Lunatic asylums in Bengal annual reports 1899-1911 - 1899-1911
Year: 1899
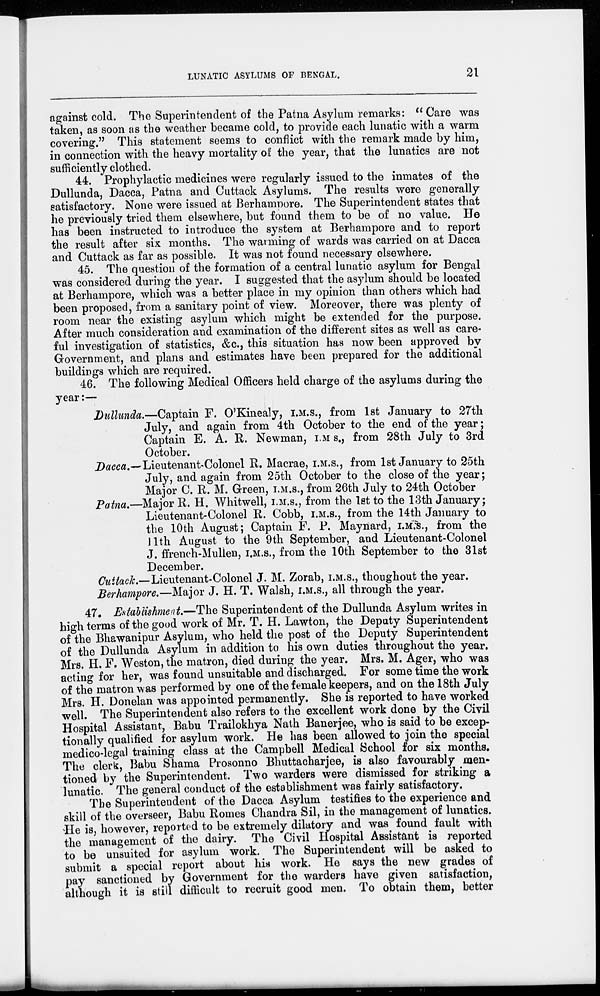
LUNATIC ASYLUMS OF BENGAL.
21
against cold. The Superintendent of the Patna Asylum remarks: " Care was
taken, as soon as the weather became cold, to provide each lunatic with a warm
covering." This statement seems to conflict with the remark made by him,
in connection with the heavy mortality of the year, that the lunatics are not
sufficiently clothed.
44. Prophylactic medicines were regularly issued to the inmates of the
Dullunda, Dacca, Patna and Cuttack Asylums. The results were generally
satisfactory. None were issued at Berhampore. The Superintendent states that
he previously tried them elsewhere, but found them to be of no value. He
has been instructed to introduce the system at Berhampore and to report
the result after six months. The warming of wards was carried on at Dacca
and Cuttack as far as possible. It was not found necessary elsewhere.
45. The question of the formation of a central lunatic asylum for Bengal
was considered during the year. I suggested that the asylum should be located
at Berhampore, which was a better place in my opinion than others which had
been proposed, from a sanitary point of view. Moreover, there was plenty of
room near the existing asylum which might be extended for the purpose.
After much consideration and examination of the different sites as well as care-
ful investigation of statistics, &c., this situation has now been approved by
Government, and plans and estimates have been prepared for the additional
buildings which are required.
46. The following Medical Officers held charge of the asylums during the
year:—
Dullunda.—Captain F. O'Kinealy, I.M.S., from 1st January to 27th
July, and again from 4th October to the end of the year;
Captain E. A. R. Newman, I.M.S., from 28th July to 3rd
October.
Dacca.—Lieutenant-Colonel R. Macrae, I.M.S., from 1st January to 25th
July, and again from 25th October to the close of the year;
Major C. R. M. Green, I.M.S., from 26th July to 24th October
Patna.—Major R. H. Whitwell, I.M.S., from the 1st to the 13th January;
Lieutenant-Colonel R. Cobb, I.M.S., from the 14th January to
the 10th August; Captain F. P. Maynard, I.M.S., from the
11th August to the 9th September, and Lieutenant-Colonel
J. ffrench-Mullen, I.M.S., from the 10th September to the 31st
December.
Cuttack.—Lieutenant-Colonel J. M. Zorab, I.M.S., thoughout the year.
Berhampore.—Major J. H. T. Walsh, I.M.S., all through the year.
47. Establishment.—The Superintendent of the Dullunda Asylum writes in
high terms of the good work of Mr. T. H. Lawton, the Deputy Superintendent
of the Bhawanipur Asylum, who held the post of the Deputy Superintendent
of the Dullunda Asylum in addition to his own duties throughout the year.
Mrs. H. F. Weston, the matron, died during the year. Mrs. M. Ager, who was
acting for her, was found unsuitable and discharged. For some time the work
of the matron was performed by one of the female keepers, and on the 18th July
Mrs. H. Donelan was appointed permanently. She is reported to have worked
well. The Superintendent also refers to the excellent work done by the Civil
Hospital Assistant, Babu Trailokhya Nath Banerjee, who is said to be excep-
tionally qualified for asylum work. He has been allowed to join the special
medico-legal training class at the Campbell Medical School for six months.
The clerk, Babu Shama Prosonno Bhuttacharjee, is also favourably men*
tioned by the Superintendent. Two warders were dismissed for striking a
lunatic. The general conduct of the establishment was fairly satisfactory.
The Superintendent of the Dacca Asylum testifies to the experience and
skill of the overseer, Babu Romes Chandra Sil, in the management of lunatics.
He is, however, reported to be extremely dilatory and was found fault with
the management of the dairy. The Civil Hospital Assistant is reported
to be unsuited for asylum work. The Superintendent will be asked to
submit a special report about his work. He says the new grades of
pay sanctioned by Government for the warders have given satisfaction,
although it is still difficult to recruit good men. To obtain them, better